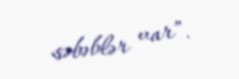
səbəblər var”.